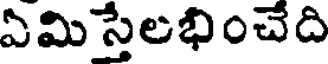
ఏమి స్తేలభించేది